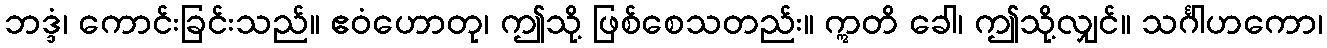
ဘဒ္ဒံ၊ ကောင်းခြင်းသည်။ ဧဝံဟောတု၊ ဤသို့ ဖြစ်စေသတည်း။ ဣတိ ခေါ၊ ဤသို့လျှင်။ သင်္ဂါဟကော၊